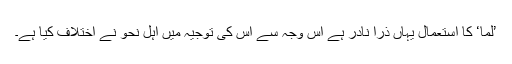
’لَمَّا‘ کا استعمال یہاں ذرا نادر ہے اس وجہ سے اس کی توجیہ میں اہل نحو نے اختلاف کیا ہے۔